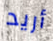
أريد